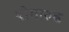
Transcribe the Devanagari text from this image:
योगारुढ